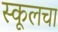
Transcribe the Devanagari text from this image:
स्कूलचा